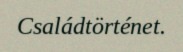
Családtörténet.